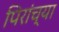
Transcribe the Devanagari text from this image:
पिरांच्या